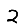
Digit: 2